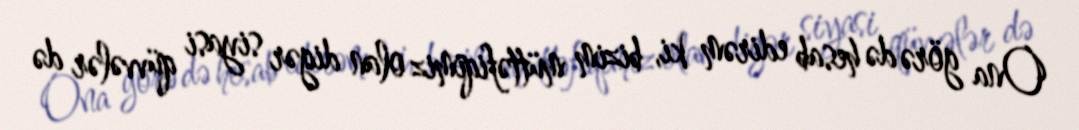
Ona görə də hesab edirəm ki, bizim müttəfiqimiz olan digər siyasi qüvvələr də